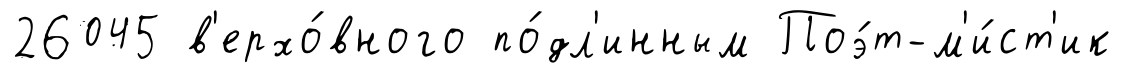
26045 в'ерхо́вного по́дл'инным Поэ́т-м'и́ст'ик